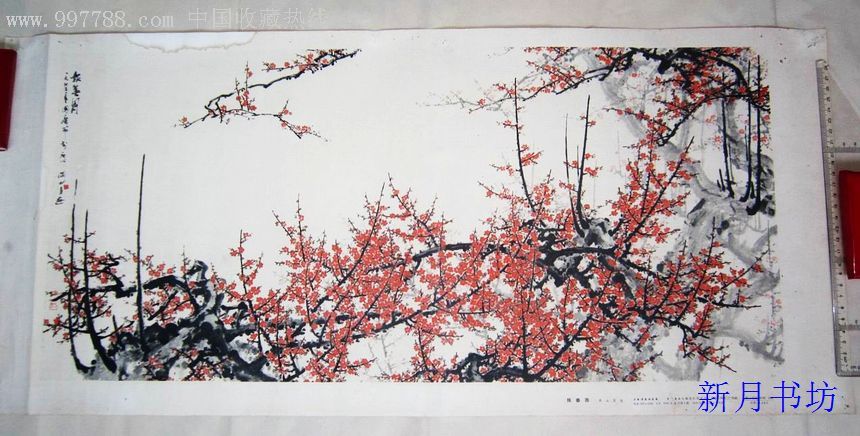
想今宵也对新月，过轻寒何处小桥。